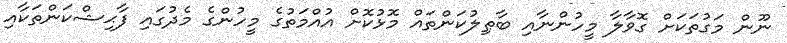
ނޫން މަގުތަކަށް ގޮވާލާ މީހުންނާއި ބާޠިލުކަންތައް މޮޅުކޮށް އުއްމަތުގެ މީހުންގެ މެދުގައި ފާޙިޝްކަންތަކާއި